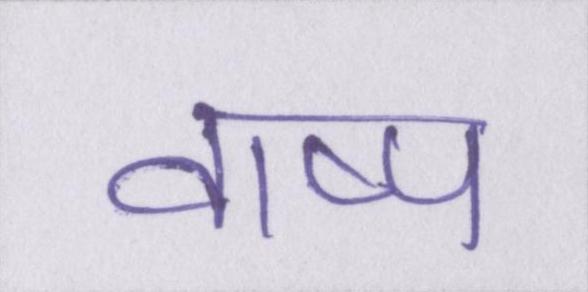
वाष्प